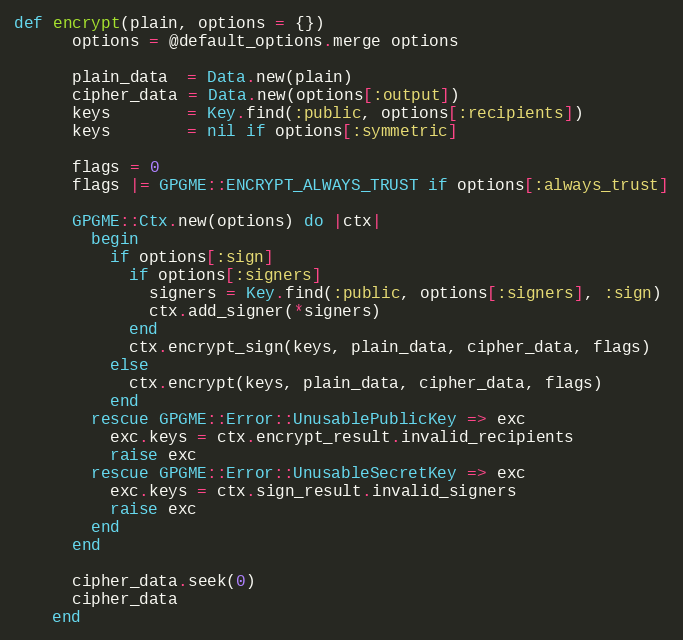
Language: Ruby
def encrypt(plain, options = {})
      options = @default_options.merge options

      plain_data  = Data.new(plain)
      cipher_data = Data.new(options[:output])
      keys        = Key.find(:public, options[:recipients])
      keys        = nil if options[:symmetric]

      flags = 0
      flags |= GPGME::ENCRYPT_ALWAYS_TRUST if options[:always_trust]

      GPGME::Ctx.new(options) do |ctx|
        begin
          if options[:sign]
            if options[:signers]
              signers = Key.find(:public, options[:signers], :sign)
              ctx.add_signer(*signers)
            end
            ctx.encrypt_sign(keys, plain_data, cipher_data, flags)
          else
            ctx.encrypt(keys, plain_data, cipher_data, flags)
          end
        rescue GPGME::Error::UnusablePublicKey => exc
          exc.keys = ctx.encrypt_result.invalid_recipients
          raise exc
        rescue GPGME::Error::UnusableSecretKey => exc
          exc.keys = ctx.sign_result.invalid_signers
          raise exc
        end
      end

      cipher_data.seek(0)
      cipher_data
    end